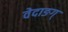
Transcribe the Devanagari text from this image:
वेदाङग्